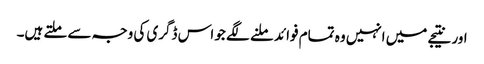
اور نتیجے میں انہیں وہ تمام فوائد ملنے لگے جو اس ڈگری کی وجہ سے ملتے ہیں۔